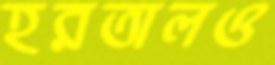
হরতালও